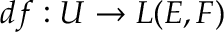
d f : U \to L ( E , F )